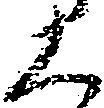
く